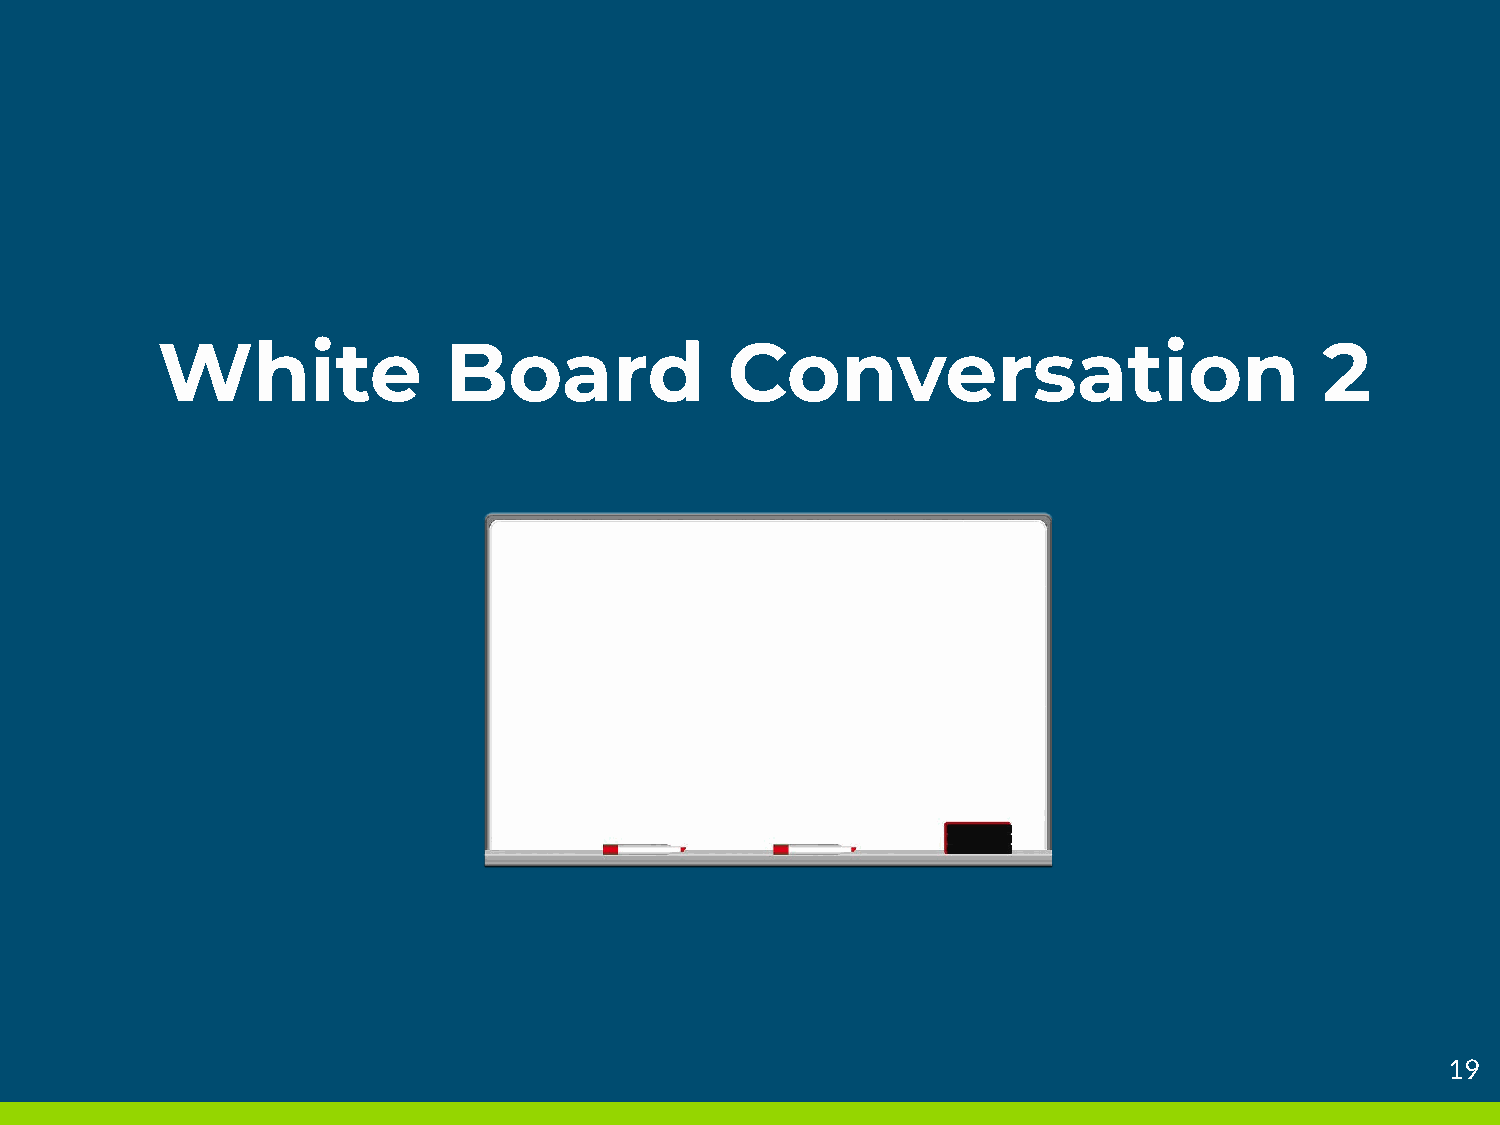
White              Board              Conversation                            2
 Providing    Navigation   to ELLs                                                             19